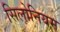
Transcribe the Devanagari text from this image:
सिलोनियम